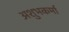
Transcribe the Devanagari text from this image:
अशुभकर्मा